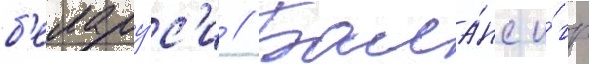
б'елару́с'и // Бала́нс и́гр